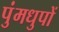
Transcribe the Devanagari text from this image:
पुंमधुपों